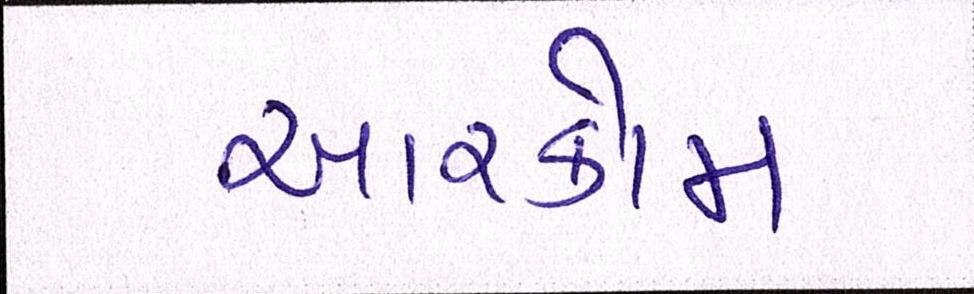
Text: આરકોમ